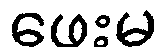
ဖေးမ